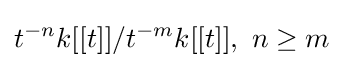
t^{-n}k[[t]]/t^{-m}k[[t]],\ n\geq m